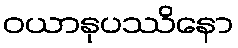
ဝယာနုပဿိနော